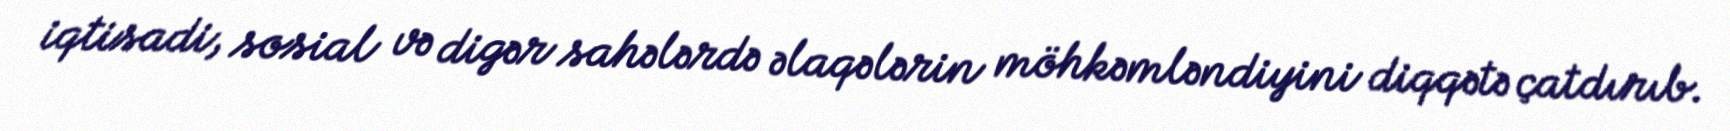
iqtisadi, sosial və digər sahələrdə əlaqələrin möhkəmləndiyini diqqətə çatdırıb.